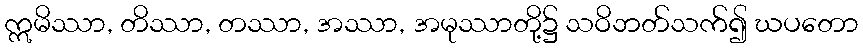
ဣမိဿာ, တိဿာ, တဿာ, အဿာ, အမုဿာတို့၌ သဝိဘတ်သက်၍ ဃပတော